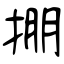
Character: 掤